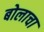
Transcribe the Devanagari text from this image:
बोलाचा